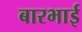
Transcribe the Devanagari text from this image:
बारभाई